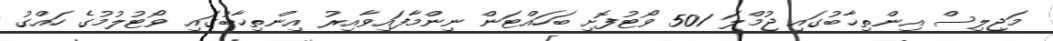
މަޖިލިސް އިންތިޚާބުގައި ޖުމްލަ 501 ވޯޓުފޮށި ބަހައްޓަން ނިންމާފައިވާއިރު އިންތިޚާބުގައި ވޯޓުލުމުގެ ހައްގު